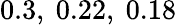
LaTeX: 0.3,\ 0.22,\ 0.18